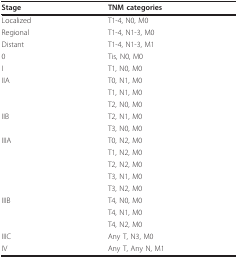
<table><thead><tr><td><b>Stage</b></td><td><b>TNM categories</b></td></tr></thead><tbody><tr><td>Localized</td><td>T1-4, N0, M0</td></tr><tr><td>Regional</td><td>T1-4, N1-3, M0</td></tr><tr><td>Distant</td><td>T1-4, N1-3, M1</td></tr><tr><td>0</td><td>Tis, N0, M0</td></tr><tr><td>I</td><td>T1, N0, M0</td></tr><tr><td>IIA</td><td>T0, N1, M0</td></tr><tr><td></td><td>T1, N1, M0</td></tr><tr><td></td><td>T2, N0, M0</td></tr><tr><td>IIB</td><td>T2, N1, M0</td></tr><tr><td></td><td>T3, N0, M0</td></tr><tr><td>IIIA</td><td>T0, N2, M0</td></tr><tr><td></td><td>T1, N2, M0</td></tr><tr><td></td><td>T2, N2, M0</td></tr><tr><td></td><td>T3, N1, M0</td></tr><tr><td></td><td>T3, N2, M0</td></tr><tr><td>IIIB</td><td>T4, N0, M0</td></tr><tr><td></td><td>T4, N1, M0</td></tr><tr><td></td><td>T4, N2, M0</td></tr><tr><td>IIIC</td><td>Any T, N3, M0</td></tr><tr><td>IV</td><td>Any T, Any N, M1</td></tr></tbody></table>